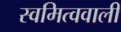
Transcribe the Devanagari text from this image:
स्वमित्ववाली